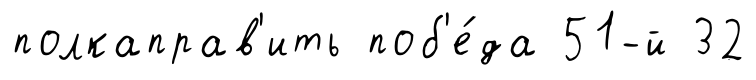
полкаправ'ить поб'е́да 51-й 32